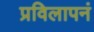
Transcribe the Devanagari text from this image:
प्रविलापनं